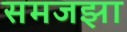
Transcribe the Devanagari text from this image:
समजझा